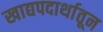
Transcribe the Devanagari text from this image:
खाद्यपदार्थातून